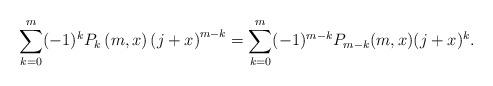
LaTeX: \begin{align*}\sum_{k=0}^m (-1)^k P_k\left(m, x\right) \left(j + x\right)^{m-k} = \sum_{k=0}^m (-1)^{m-k} P_{m-k}(m, x) (j + x)^k.\end{align*}